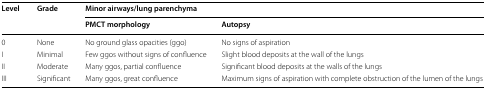
<table><thead><tr><td rowspan="2"><b>Level</b></td><td rowspan="2"><b>Grade</b></td><td colspan="2"><b>Minor airways/lung parenchyma</b></td></tr><tr><td><b>PMCT morphology</b></td><td><b>Autopsy</b></td></tr></thead><tbody><tr><td>0</td><td>None</td><td>No ground glass opacities (ggo)</td><td>No signs of aspiration</td></tr><tr><td>I</td><td>Minimal</td><td>Few ggos without signs of confluence</td><td>Slight blood deposits at the wall of the lungs</td></tr><tr><td>II</td><td>Moderate</td><td>Many ggos, partial confluence</td><td>Significant blood deposits at the walls of the lungs</td></tr><tr><td>III</td><td>Significant</td><td>Many ggos, great confluence</td><td>Maximum signs of aspiration with complete obstruction of the lumen of the lungs</td></tr></tbody></table>